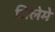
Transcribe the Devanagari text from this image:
जिलेमे